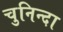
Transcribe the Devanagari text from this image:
चुनिन्‍दा